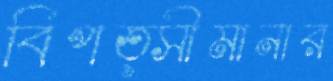
বিপত্সীমানার